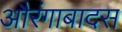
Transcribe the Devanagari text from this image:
औरंगाबादस